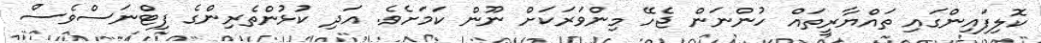
ކޮލިފައިންގައި ތައްޔާރީތައް ހުންނަން ޖެހޭ މިންވަރަކަށް ނޫން ކަމަށެވެ. އަދި ކުޅުންތެރިންގެ ފިޓްނަސްވެސް